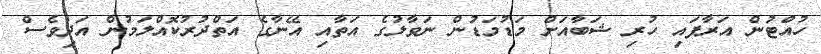
ހުއްޓުން އަރާފައި ހުރި ޝަބާއަށް މަޑުމަޑުން ނަވާލުގެ އަތާއި އޭނާގެ އަތްދުރުކޮއްލަމުން އަދިވެސް